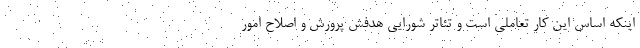
اینکه اساس این کار تعاملی است و تئاتر شورایی هدفش پرورش و اصلاح امور